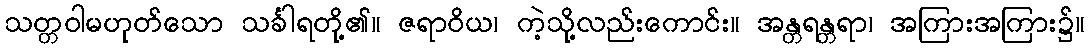
သတ္တဝါမဟုတ်သော သင်္ခါရတို့၏။ ဇရာဝိယ၊ ကဲ့သို့လည်းကောင်း။ အန္တရန္တရာ၊ အကြားအကြား၌။